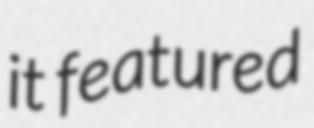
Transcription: it featured